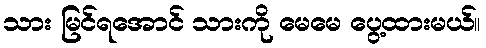
သား မြင်ရအောင် သားကို မေမေ ပွေ့ထားမယ်။